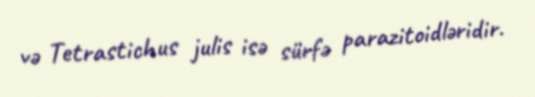
və Tetrastichus julis isə sürfə parazitoidləridir.